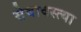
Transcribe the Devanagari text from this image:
सेवावस्त्या